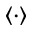
\langle \cdot \rangle